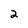
Character: 2